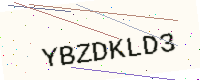
Text: YBZDKLD3